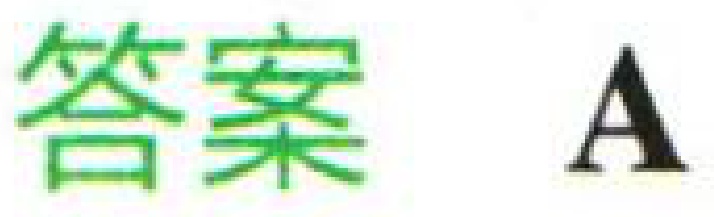
答案 A